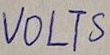
Text: VOLTS